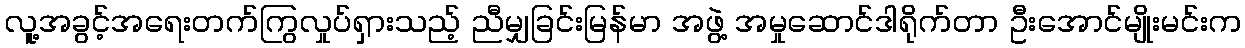
လူ့အခွင့်အရေးတက်ကြွလှုပ်ရှားသည့် ညီမျှခြင်းမြန်မာ အဖွဲ့ အမှုဆောင်ဒါရိုက်တာ ဦးအောင်မျိုးမင်းက